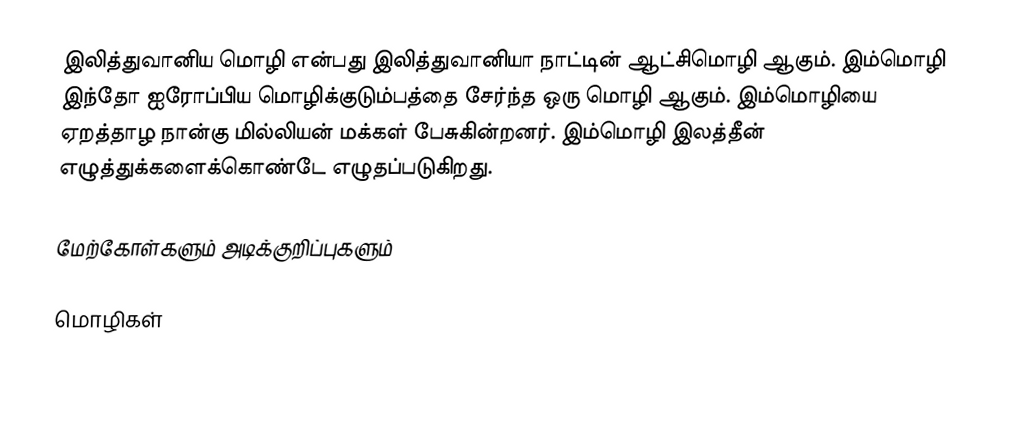
இலித்துவானிய மொழி என்பது இலித்துவானியா நாட்டின் ஆட்சிமொழி ஆகும். இம்மொழி இந்தோ ஐரோப்பிய மொழிக்குடும்பத்தை சேர்ந்த ஒரு மொழி ஆகும். இம்மொழியை ஏறத்தாழ நான்கு மில்லியன் மக்கள் பேசுகின்றனர். இம்மொழி இலத்தீன் எழுத்துக்களைக்கொண்டே எழுதப்படுகிறது.

மேற்கோள்களும் அடிக்குறிப்புகளும்

மொழிகள்